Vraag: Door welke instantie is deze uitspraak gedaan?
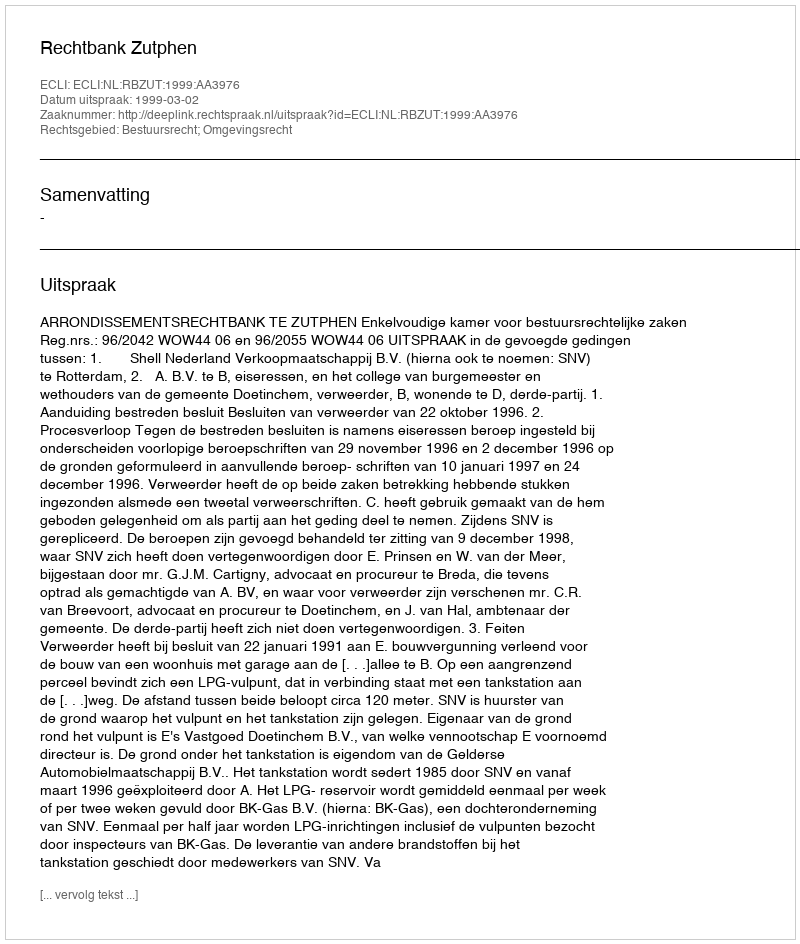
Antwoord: Rechtbank Zutphen